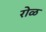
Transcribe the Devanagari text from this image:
रोळ